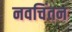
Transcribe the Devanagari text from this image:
नवचिंतन